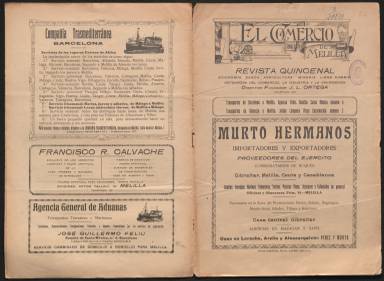
Título: El Comercio de Melilla
Colección: Economía
Ámbito geográfico: Melilla
Lugar de publicación: Melilla
Fechas: 05/08/1919-20/05/1924